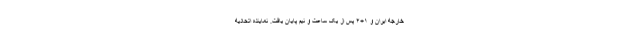
خارجه ایران و ۱+۴ پس از یک ساعت و نیم پایان یافت. نماینده اتحادیه